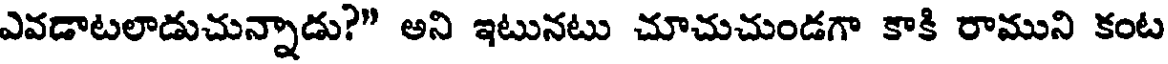
ఎవడాటలాడుచున్నాడు?" అని ఇటునటు చూచుచుండగా కాకి రాముని కంట